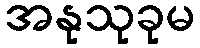
အနုသုခုမ